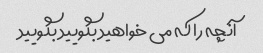
آنچه را که می خواهید بگویید بگویید